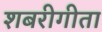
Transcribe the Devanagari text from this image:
शबरीगीता